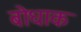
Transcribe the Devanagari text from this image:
बोधाक